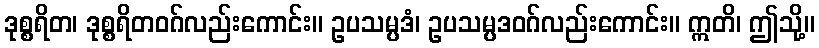
ဒုစ္စရိတ၊ ဒုစ္စရိတဝဂ်လည်းကောင်း။ ဥပသမ္ပဒံ၊ ဥပသမ္ပဒဝဂ်လည်းကောင်း။ ဣတိ၊ ဤသို့။